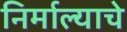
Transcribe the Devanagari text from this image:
निर्माल्याचे